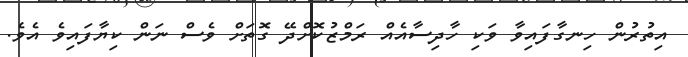
އިތުރުން ހިނގާފައިވާ ވަކި ހާދިސާއެއް ރަމްޒުކޮށްދޭ ގޮތަށް ވެސް ނަން ކިޔާފައިވެ އެވެ.